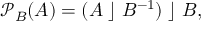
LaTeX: { \mathcal { P } } _ { B } ( A ) = ( A \; \rfloor \; B ^ { - 1 } ) \; \rfloor \; B ,